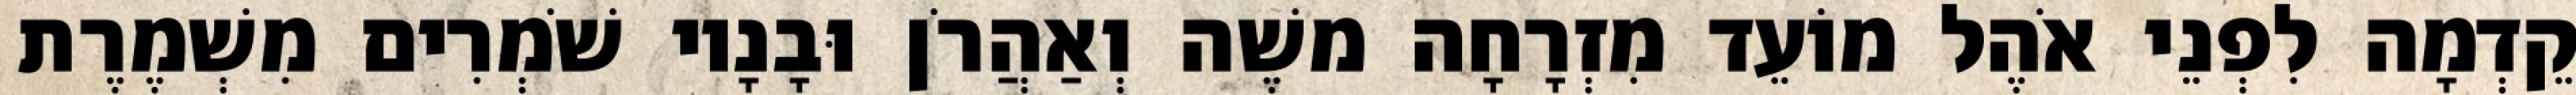
קֵדְמָה לִפְנֵי אֹהֶל מוֹעֵד מִזְרָחָה משֶׁה וְאַהֲרֹן וּבָנָיו שֹׁמְרִים מִשְׁמֶרֶת